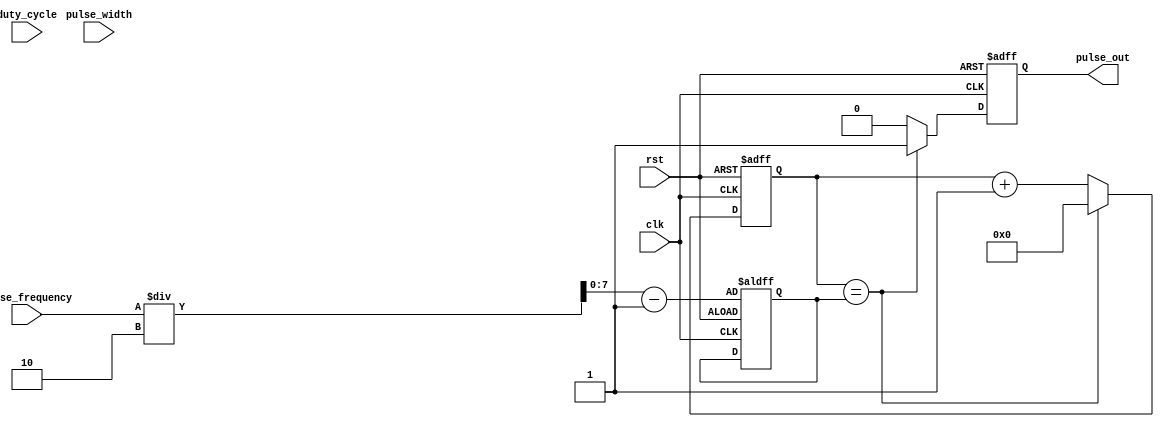
module SyncPulseGenerator (
    input wire clk,
    input wire rst,
    input wire [7:0] pulse_frequency,
    input wire [7:0] duty_cycle,
    input wire [7:0] pulse_width,
    output reg pulse_out
);

reg [7:0] count;
reg [7:0] counter_max;
reg [7:0] pulse_duration;

always @ (posedge clk or posedge rst) begin
    if (rst) begin
        count <= 8'b0;
        counter_max <= (pulse_frequency / 2) - 1;
        pulse_duration <= pulse_width;
        pulse_out <= 1'b0;
    end else begin
        if (count == counter_max) begin
            pulse_out <= 1'b1;
            if (pulse_duration == 8'b0) begin
                count <= 8'b0;
                pulse_duration <= pulse_width;
            end else begin
                pulse_duration <= pulse_duration - 1;
                count <= 8'b0;
            end
        end else begin
            pulse_out <= 1'b0;
            count <= count + 1;
        end
    end
end

endmodule